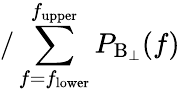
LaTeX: /\sum_{f=f_{\mathrm{lower}}}^{f_{\mathrm{upper}}}P_{\mathrm{B_{\perp}}}(f)